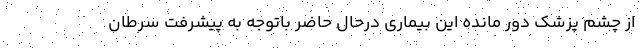
از چشم پزشک دور مانده این بيماري درحال حاضر باتوجه به پیشرفت سرطان